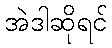
အဲဒါဆိုရင်